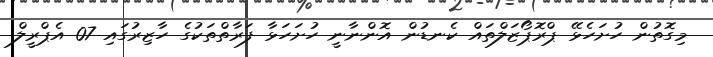
މިގޮތުން ހުށަހެޅޭ ޕްރޮޕޯޒަލްތައް ކެނޑުން އޮންނާނީ ހުށަހަޅާ ފަރާތްތަކުގެ ހާޒިރުގައި 07 އެޕްރީލް